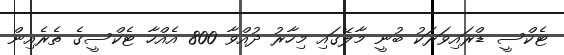
ޓެކްސީ ޑްރައިވަރަކު ބުނީ މާލޭގައި މިހާރު ދުއްވާ 800 އެއްހާ ޓެކްސީގެ ތެރެއިން